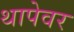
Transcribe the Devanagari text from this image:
थापेवर